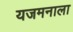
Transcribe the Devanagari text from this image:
यजमनाला